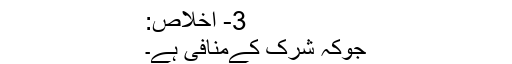
3- اخلاص:
جوکہ شرک کےمنافی ہے۔